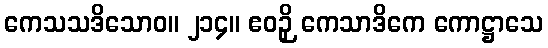
ကေသသဒိသောဝ။ ၂၁၄။ ဧဝဉှိ ကေသာဒိကေ ကောဋ္ဌာသေ